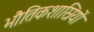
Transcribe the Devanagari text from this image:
भौतिकशास्रियों